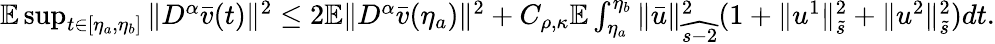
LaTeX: \begin{array}{r}{\mathbb{E}\operatorname*{sup}_{t\in\left[\eta_{a},\eta_{b}\right]}\| D^{\alpha}\bar{v}(t)\| ^{2}\leq 2\mathbb{E}\| D^{\alpha}\bar{v}(\eta_{a})\| ^{2}+C_{\rho,\kappa}\mathbb{E}\int_{\eta_{a}}^{\eta_{b}}\| \bar{u}\| _{\widehat{s-2}}^{2}(1+\| u^{1}\| _{\tilde{s}}^{2}+\| u^{2}\| _{\tilde{s}}^{2})dt.}\end{array}